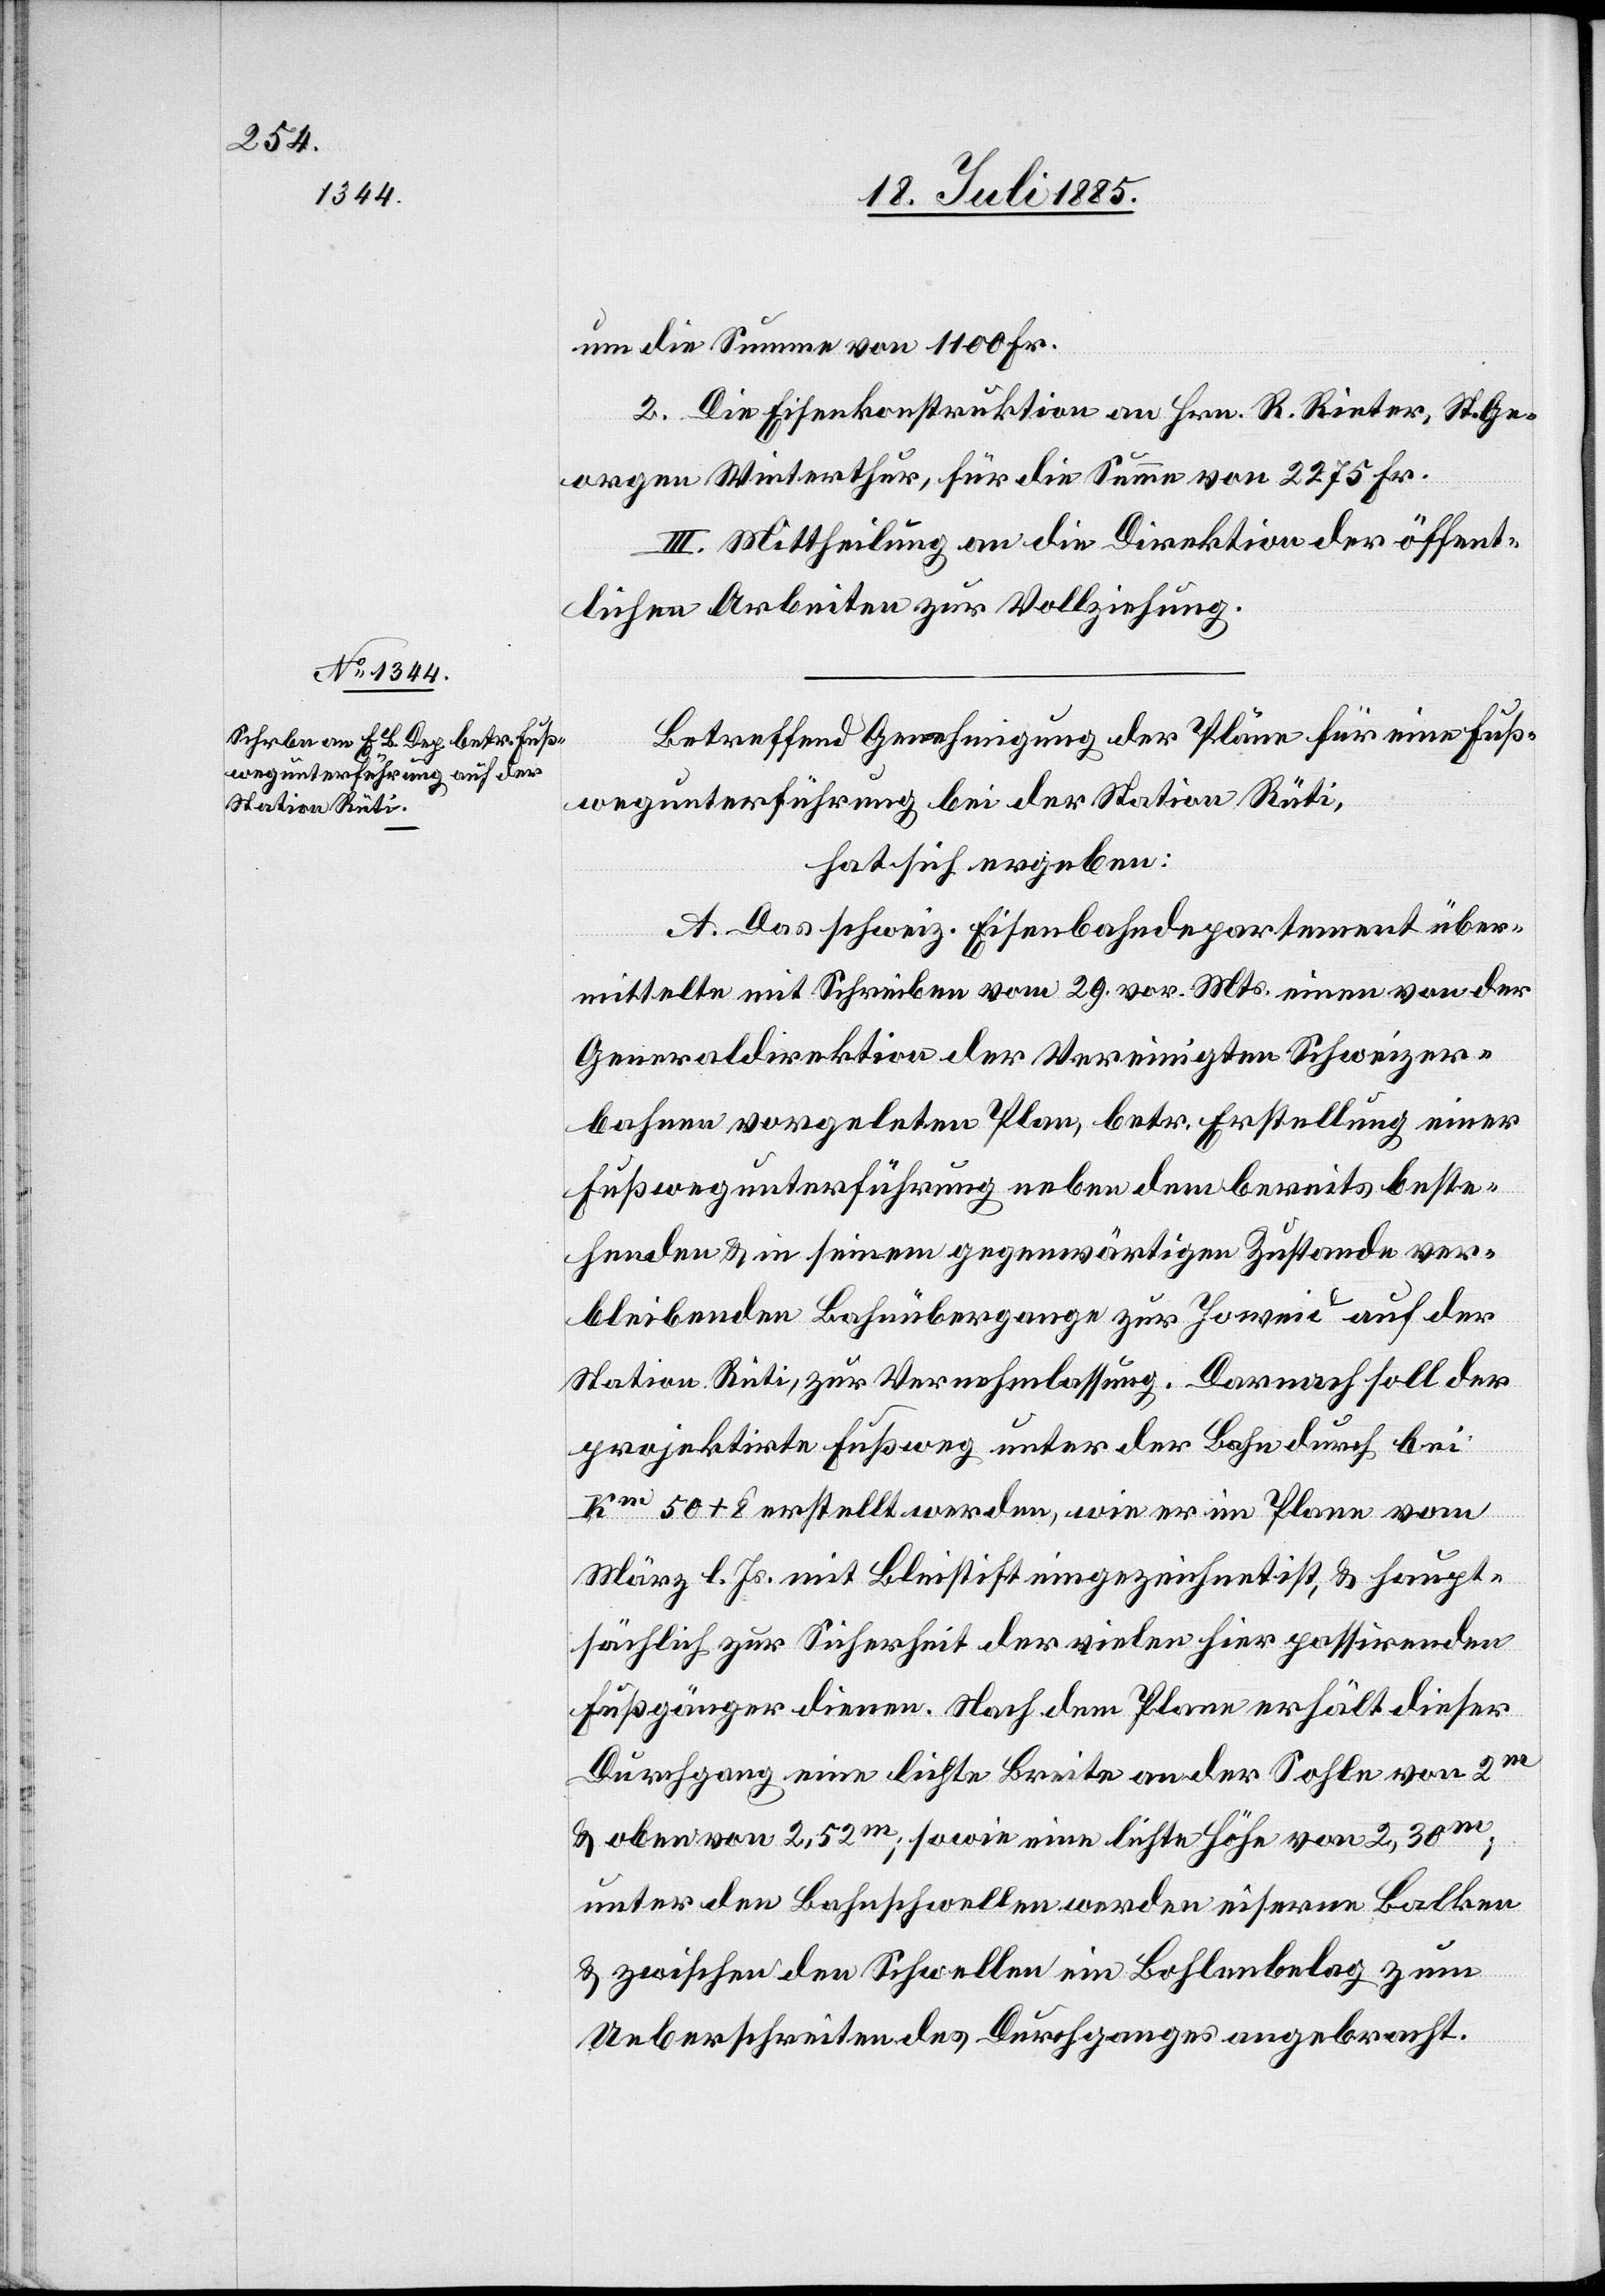
um die Summe von 1100 Fr.
2. Die Eisenkonstruktion an Hrn. R. Rieter, St. Ge¬
orgen Winterthur, für die Summe von 2275 Fr.
III. Mittheilung an die Direktion der öffent¬
lichen Arbeiten zur Vollziehung.
Betreffend Genehmigung der Pläne für eine Fuß¬
wegunterführung bei der Station Rüti,
hat sich ergeben:
A. Das schweiz. Eisenbahndepartement über¬
mittelte mit Schreiben vom 29. vor. Mts. einen von der
Generaldirektion der Vereinigten Schweizer¬
bahnen vorgelegten Plan, betr. Erstellung einer
Fußwegunterführung neben dem bereits beste¬
henden & in seinem gegenwärtigen Zustande ver¬
bleibenden Bahnübergange zur Joweid auf der
Station Rüti, zur Vernehmlassung. Darnach soll der
projektirte Fußweg unter der Bahn durch bei
Km 50 + 8 erstellt werden, wie er im Plane vom
März l. Js. mit Bleistift eingezeichnet ist, & haupt¬
sächlich zur Sicherheit der vielen hier passirenden
Fußgänger dienen. Nach dem Plane erhält dieser
Durchgang eine lichte Breite an der Sohle von 2m
& oben von 2,52m; sowie eine lichte Höhe von 2,30m;
unter den Bahnschwellen werden eiserne Balken
& zwischen den Schwellen ein Bohlenbelag zum
Ueberschreiten des Durchganges angebracht.